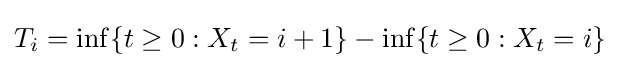
T_{i}=\inf\{t\geq 0:X_{t}=i+1\}-\inf\{t\geq 0:X_{t}=i\}